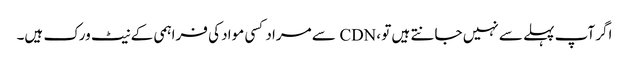
اگر آپ پہلے سے نہیں جانتے ہیں تو ، CDN سے مراد کسی مواد کی فراہمی کے نیٹ ورک ہیں۔